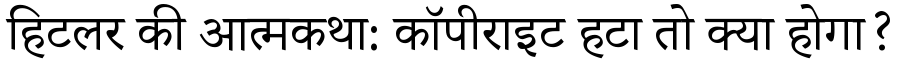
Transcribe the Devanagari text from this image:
हिटलर की आत्मकथा: कॉपीराइट हटा तो क्या होगा?